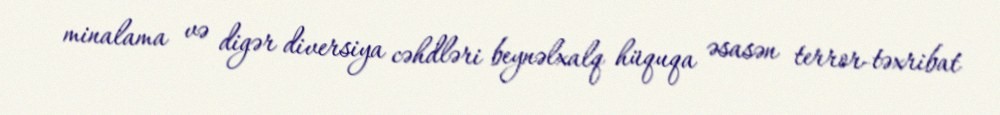
minalama və digər diversiya cəhdləri beynəlxalq hüquqa əsasən terror-təxribat